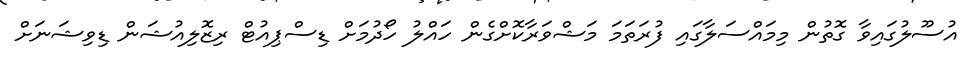
އުސޫލުގައިވާ ގޮތުން މިމައްސަލާގައި ފުރަތަމަ މަޝްވަރާކޮށްގެން ހައްލު ހޯދުމަށް ޑިސްޕިއުޓް ރިޒޮލިއުޝަން ޑިވިޝަނަށް